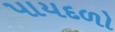
પાયદળો